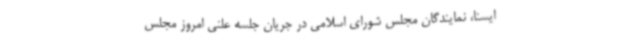
ایسنا، نمایندگان مجلس شورای اسلامی در جریان جلسه علنی امروز مجلس